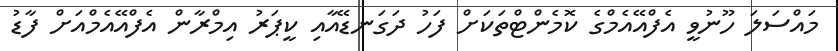
މައްސަލަ ހޫނުވީ އެފްއޭއެމްގެ ކޮމެންޓްތަކަށް ފަހު ދަގަނޑޭއާއި ކީޕަރު އިމްރާން އެފްއޭއެމްއަށް ފާޑު